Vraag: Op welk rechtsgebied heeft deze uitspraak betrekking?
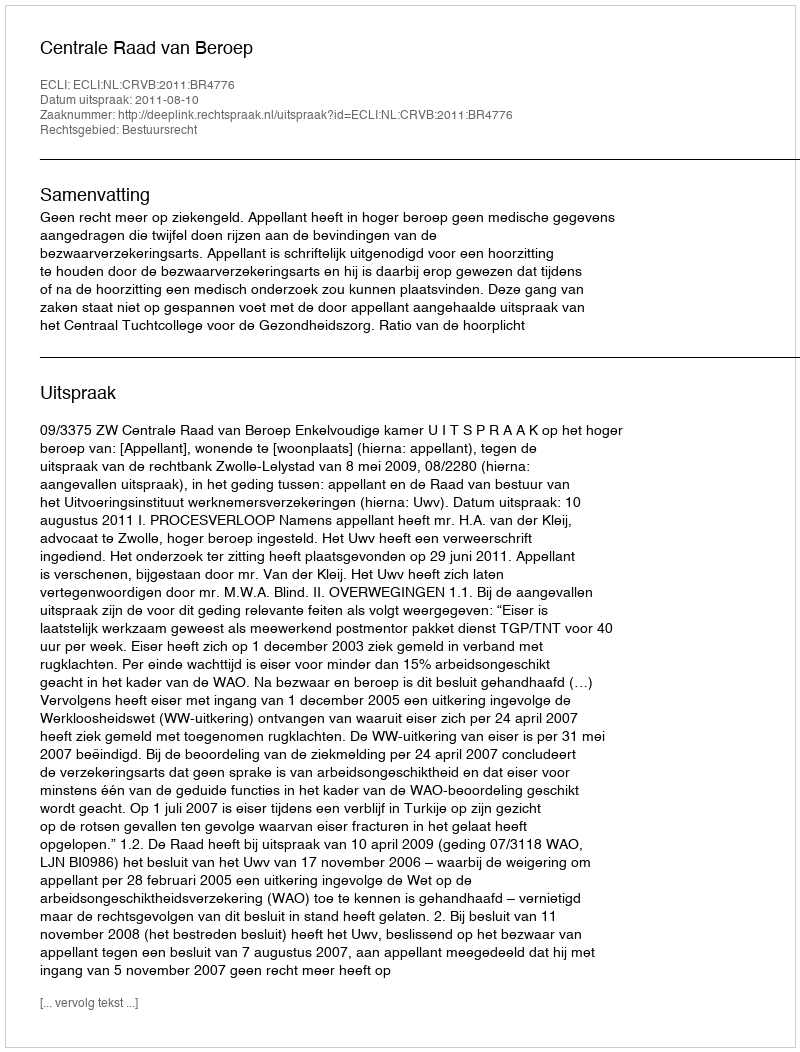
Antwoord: Bestuursrecht